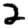
Digit: 2